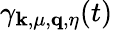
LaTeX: \gamma_{\mathbf{k},\mu,\mathbf{q},\eta}(t)